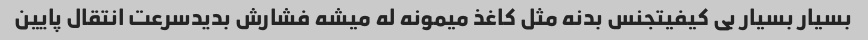
بسیار بسیار بی کیفیتجنس بدنه مثل کاغذ میمونه له میشه فشارش بدیدسرعت انتقال پایین